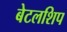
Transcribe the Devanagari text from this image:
बेटलशिप